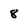
Character: 8